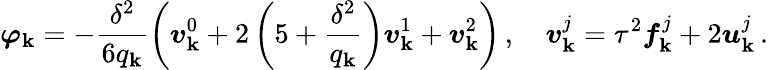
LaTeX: {\boldsymbol{\varphi}}_{\mathbf{k}}=-\frac{{{\delta}^{2}}}{{{6}{q}_{\mathbf{k}}}}\left({\boldsymbol{v}}_{\mathbf{k}}^{0}+{2}\left(5+\frac{{{\delta}^{2}}}{{{q}_{\mathbf{k}}}}\right){\boldsymbol{v}}_{\mathbf{k}}^{1}+{\boldsymbol{v}}_{\mathbf{k}}^{2}\right)\, ,\quad{\boldsymbol{v}}_{\mathbf{k}}^{j}={\tau}^{2}{\boldsymbol{f}}_{\mathbf{k}}^{j}+{2}{\boldsymbol{u}}_{\mathbf{k}}^{j}\, .